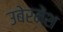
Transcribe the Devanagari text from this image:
उबेरमेंश